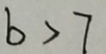
b > 7